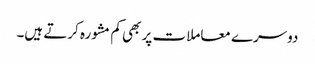
دوسرے معاملات پر بھی کم مشورہ کرتے ہیں۔